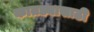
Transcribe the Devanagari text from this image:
कातड्यासाठी